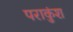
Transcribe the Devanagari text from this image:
पराकुंश